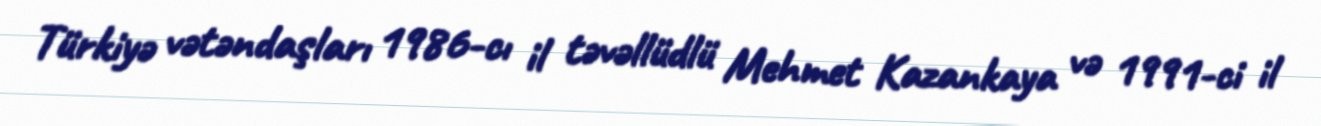
Türkiyə vətəndaşları 1986-cı il təvəllüdlü Mehmet Kazankaya və 1991-ci il